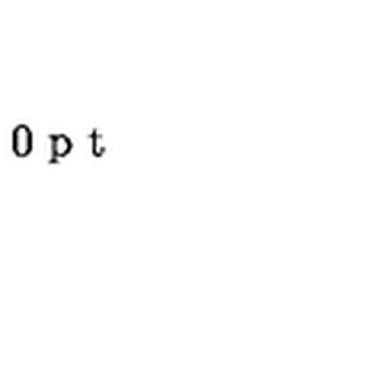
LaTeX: \vspace { 3 0 p t } \special { p s f i l e = 3 - 6 . p s }